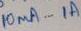
Text: 10µA...1A